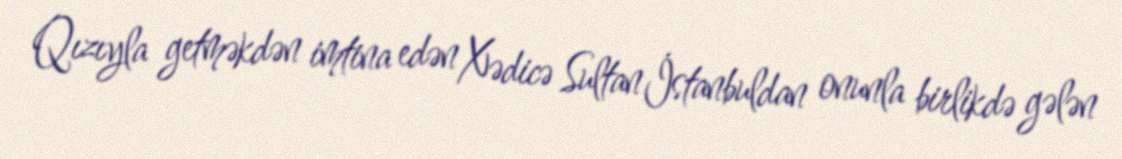
Qızıyla getməkdən imtina edən Xədicə Sultan İstanbuldan onunla birlikdə gələn